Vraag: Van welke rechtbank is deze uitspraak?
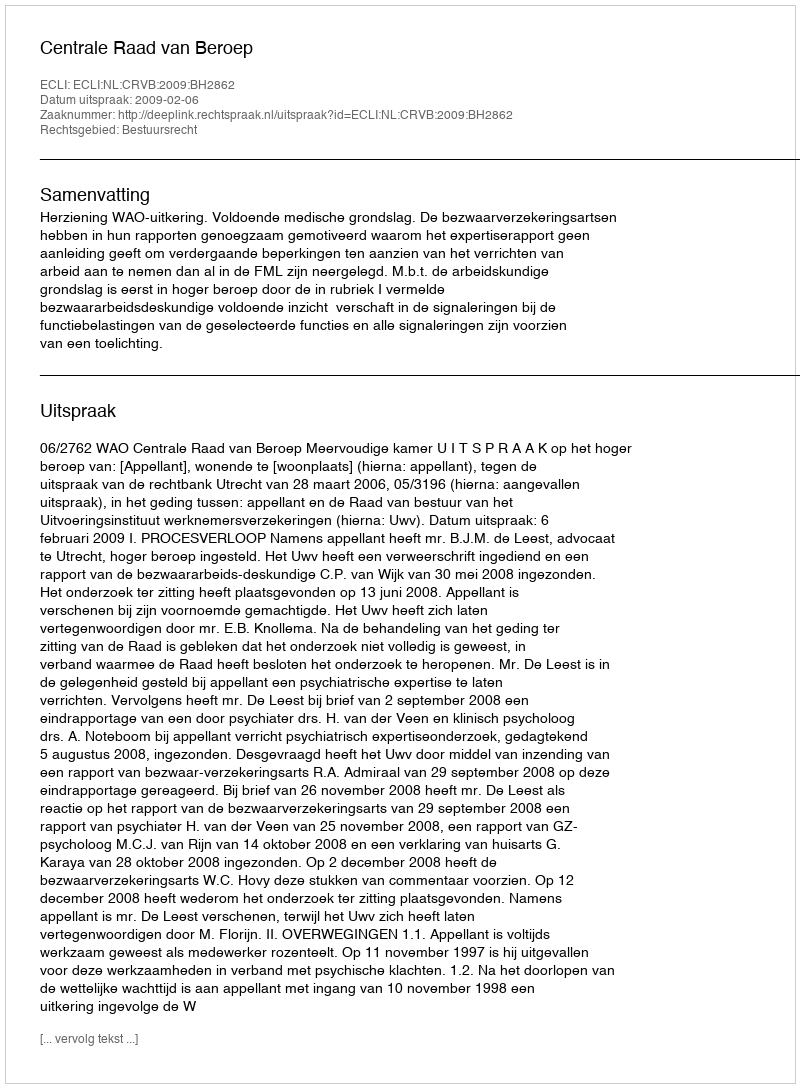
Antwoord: Centrale Raad van Beroep